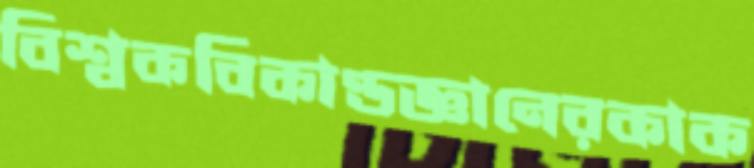
বিশ্বকবিকাণ্ডজ্ঞানেরকাক